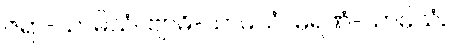
ဇရာ-သာမိသံ။ ဗျာဓိ-သာမိသံ။ မရဏံ-သာမိသံ။